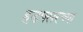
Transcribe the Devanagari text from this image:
हडपसरच्या